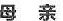
母 亲